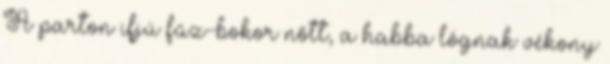
A parton ifjú fűz-bokor nőtt, a habba lógnak vékony